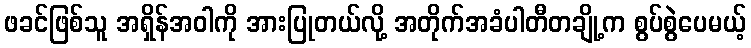
ဖခင်ဖြစ်သူ အရှိန်အဝါကို အားပြုတယ်လို့ အတိုက်အခံပါတီတချို့က စွပ်စွဲပေမယ့်